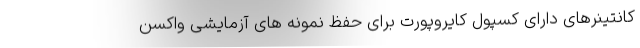
کانتینرهای دارای کسپول کایروپورت برای حفظ نمونه های آزمایشی واکسن